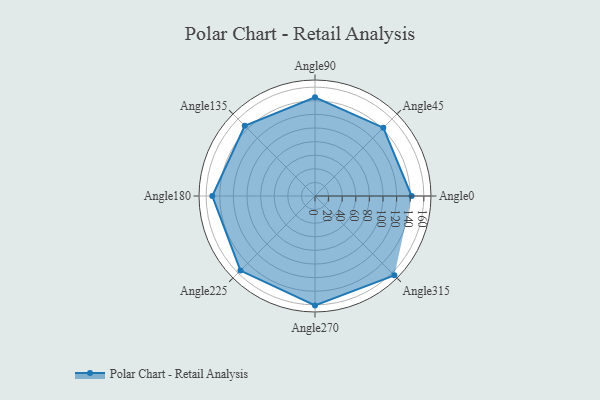
{"axis": {"x": "Angle", "y": "Radius"}, "legend": [""], "data": [{"x": "Angle0", "y": 142.0, "type": ""}, {"x": "Angle45", "y": 142.0, "type": ""}, {"x": "Angle90", "y": 145.0, "type": ""}, {"x": "Angle135", "y": 146.0, "type": ""}, {"x": "Angle180", "y": 151.0, "type": ""}, {"x": "Angle225", "y": 155.0, "type": ""}, {"x": "Angle270", "y": 161.0, "type": ""}, {"x": "Angle315", "y": 165.0, "type": ""}]}